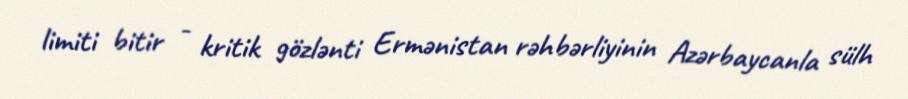
limiti bitir - kritik gözlənti Ermənistan rəhbərliyinin Azərbaycanla sülh